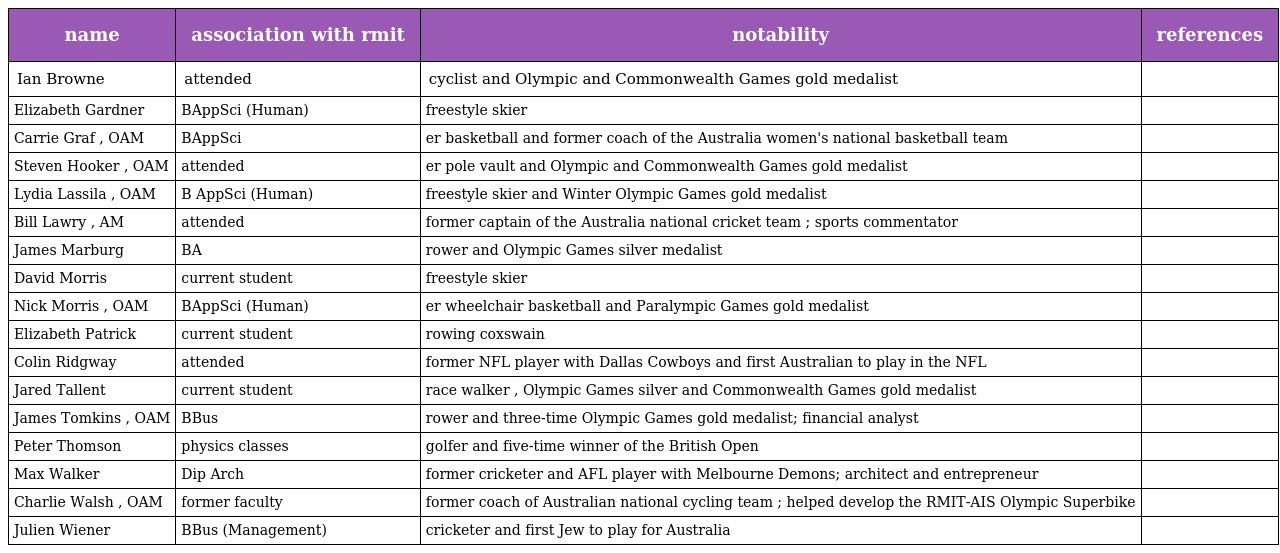
| name | association with rmit | notability | references |
 | --- | --- | --- | --- |
 | Ian Browne | attended | cyclist and Olympic and Commonwealth Games gold medalist |  |
 | Elizabeth Gardner | BAppSci (Human) | freestyle skier |  |
 | Carrie Graf , OAM | BAppSci | er basketball and former coach of the Australia women's national basketball team |  |
 | Steven Hooker , OAM | attended | er pole vault and Olympic and Commonwealth Games gold medalist |  |
 | Lydia Lassila , OAM | B AppSci (Human) | freestyle skier and Winter Olympic Games gold medalist |  |
 | Bill Lawry , AM | attended | former captain of the Australia national cricket team ; sports commentator |  |
 | James Marburg | BA | rower and Olympic Games silver medalist |  |
 | David Morris | current student | freestyle skier |  |
 | Nick Morris , OAM | BAppSci (Human) | er wheelchair basketball and Paralympic Games gold medalist |  |
 | Elizabeth Patrick | current student | rowing coxswain |  |
 | Colin Ridgway | attended | former NFL player with Dallas Cowboys and first Australian to play in the NFL |  |
 | Jared Tallent | current student | race walker , Olympic Games silver and Commonwealth Games gold medalist |  |
 | James Tomkins , OAM | BBus | rower and three-time Olympic Games gold medalist; financial analyst |  |
 | Peter Thomson | physics classes | golfer and five-time winner of the British Open |  |
 | Max Walker | Dip Arch | former cricketer and AFL player with Melbourne Demons; architect and entrepreneur |  |
 | Charlie Walsh , OAM | former faculty | former coach of Australian national cycling team ; helped develop the RMIT-AIS Olympic Superbike |  |
 | Julien Wiener | BBus (Management) | cricketer and first Jew to play for Australia |  |